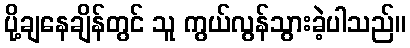
ပို့ချနေချိန်တွင် သူ ကွယ်လွန်သွားခဲ့ပါသည်။